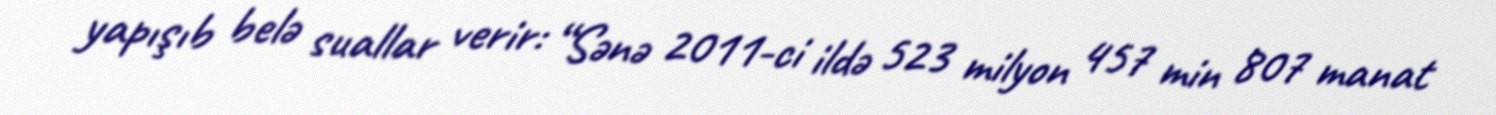
yapışıb belə suallar verir: “Sənə 2011-ci ildə 523 milyon 457 min 807 manat